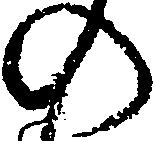
の